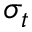
\sigma _ { t }